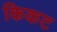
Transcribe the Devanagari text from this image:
किकट